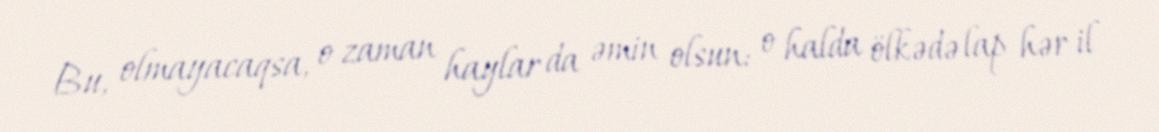
Bu, olmayacaqsa, o zaman haylar da əmin olsun: o halda ölkədə lap hər il